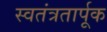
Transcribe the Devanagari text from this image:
स्वतंत्रतार्पूक